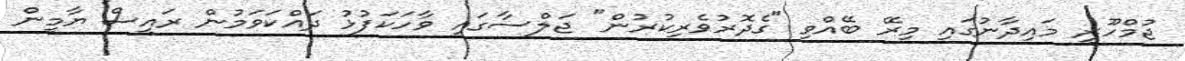
ޖުމްހޫރީ މައިދާނުގައި މިރޭ ބޭއްވި "ގެދޮރުވެރިކުރުން" ޖަލްސާގައި ވާހަކަފުޅު ދައްކަވަމުން ރައީސް ޔާމީން